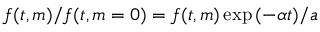
f ( t , m ) / f ( t , m = 0 ) = f ( t , m ) \exp { ( - \alpha t ) } / a